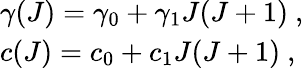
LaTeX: \begin{array}{l}{{\gamma(J)=\gamma_{0}+\gamma_{1}J(J+1)~,}}\\ {{c(J)=c_{0}+c_{1}J(J+1)~,}}\end{array}